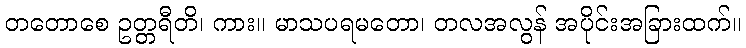
တတောစေ ဥတ္တရီတိ၊ ကား။ မာသပရမတော၊ တလအလွန် အပိုင်းအခြားထက်။